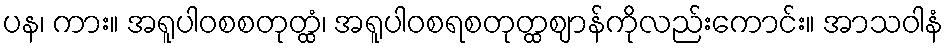
ပန၊ ကား။ အရူပါဝစစတုတ္ထံ၊ အရူပါဝစရစတုတ္ထဈာန်ကိုလည်းကောင်း။ အာသဝါနံ